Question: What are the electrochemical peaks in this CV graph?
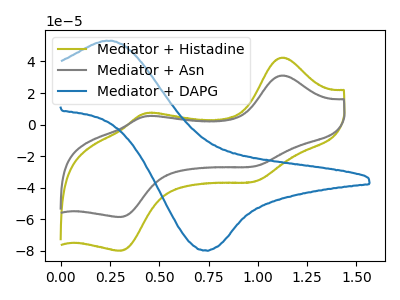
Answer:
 <answer>The olive curve "Mediator + Histadine" has anodic peaks at (1.10V, 42.40uA) (0.45V, 7.15uA) and cathodic peaks at (1.00V, -36.15uA) (0.30V, -79.90uA). The gray curve "Mediator + Asn" has anodic peaks at (1.10V, 31.10uA) (0.45V, 5.25uA) and cathodic peaks at (1.00V, -26.50uA) (0.30V, -58.55uA). The blue curve "Mediator + DAPG" has an anodic peak at (0.25V, 53.15uA) and a cathodic peak at (0.75V, -79.70uA).</answer>
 <eval></eval>